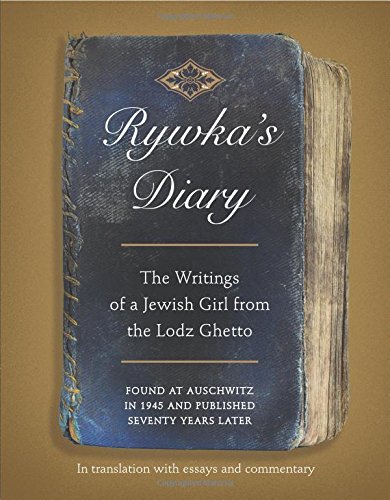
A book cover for Rywka's Diary: The Writings of a Jewish Girl from the Lodz Ghetto; Rywka Lipszyc; Literature & Fiction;